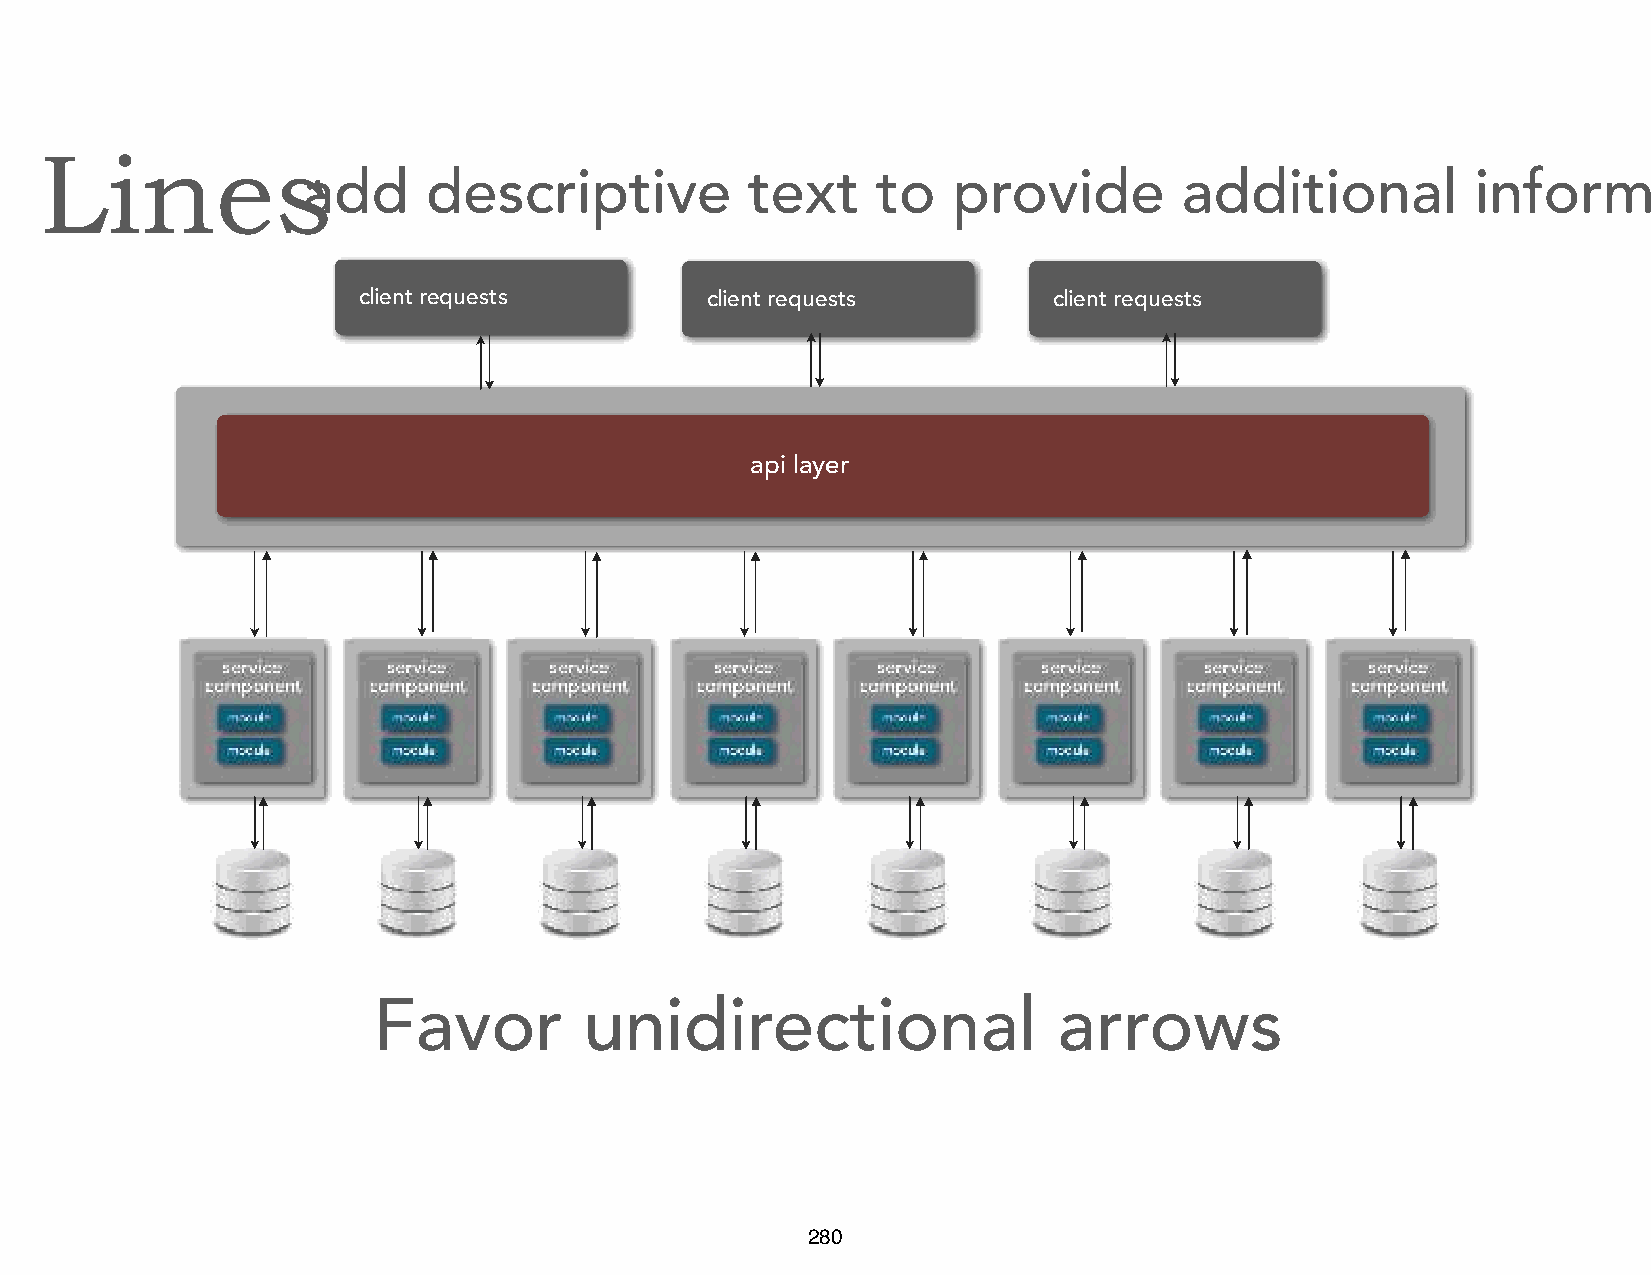
Lines
 add     descriptive           text    to   provide        additional          information
 client requests        client requests        client requests
 api layer
 Favor         unidirectional                 arrows
 280